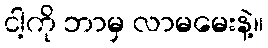
ငါ့ကို ဘာမှ လာမမေးနဲ့။